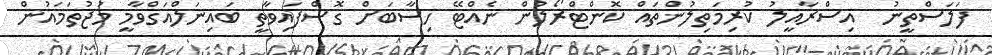
ފަލަސްތީނު  އިސްރާއީލު ކުރިމަތިލުންތައް ކޮންޓްރޯލުން ނެއްޓޭ ހިސާބަށް ގޮސްފައިވާތީ ބައިނަލްއަގްވާމީ މުޖުތަމައުން